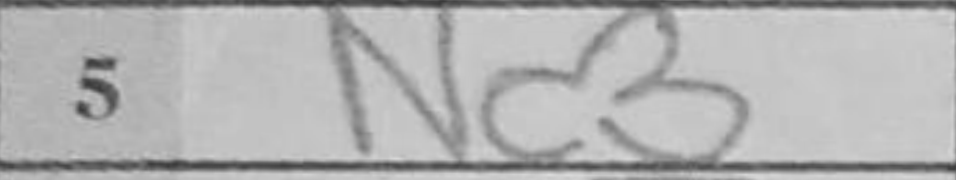
Transcription: Nc3